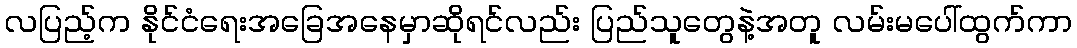
လပြည့်က နိုင်ငံရေးအခြေအနေမှာဆိုရင်လည်း ပြည်သူတွေနဲ့အတူ လမ်းမပေါ်ထွက်ကာ